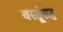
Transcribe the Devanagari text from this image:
वस्तूंसह